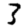
Digit: 3